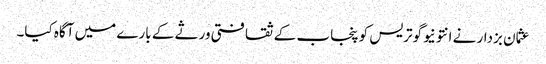
عثمان بزدار نے انتونیوگوتریس کو پنجاب کے ثقافتی ورثے کے بارے میں آگاہ کیا۔